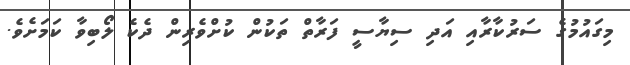
މިގައުމުގެ ސަރުކާރާއި އަދި ސިޔާސީ ފަރާތް ތަކުން ކުށްވެރިން ދެކެ ލޯބިވާ ކަމަށެވެ.